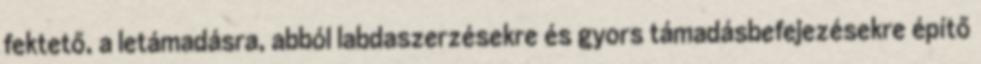
fektető, a letámadásra, abból labdaszerzésekre és gyors támadásbefejezésekre építő